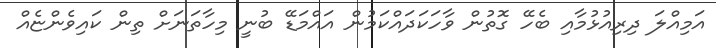
އަމިއްލަ ދިރިއުޅުމާއި ބެހޭ ގޮތުން ވާހަކަދައްކަމުން އައްމަޑޭ ބުނީ މިހާތަނަށް ތިން ކައިވެންޏެއް